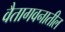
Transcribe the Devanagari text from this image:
वैतागवनातील